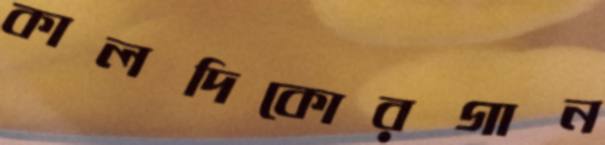
কালদিকোরগান